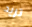
تريد